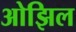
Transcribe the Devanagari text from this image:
ओझिल